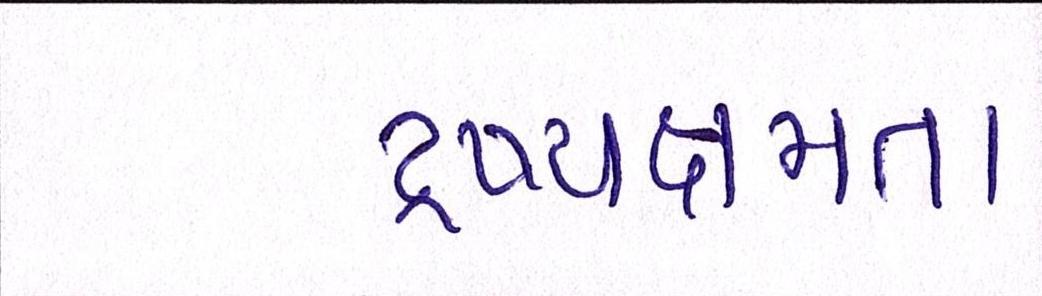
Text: દ્રષ્યક્ષમતા